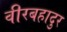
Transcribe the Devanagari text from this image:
वीरबहादुर